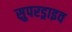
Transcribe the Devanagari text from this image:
सुपरड्राइव